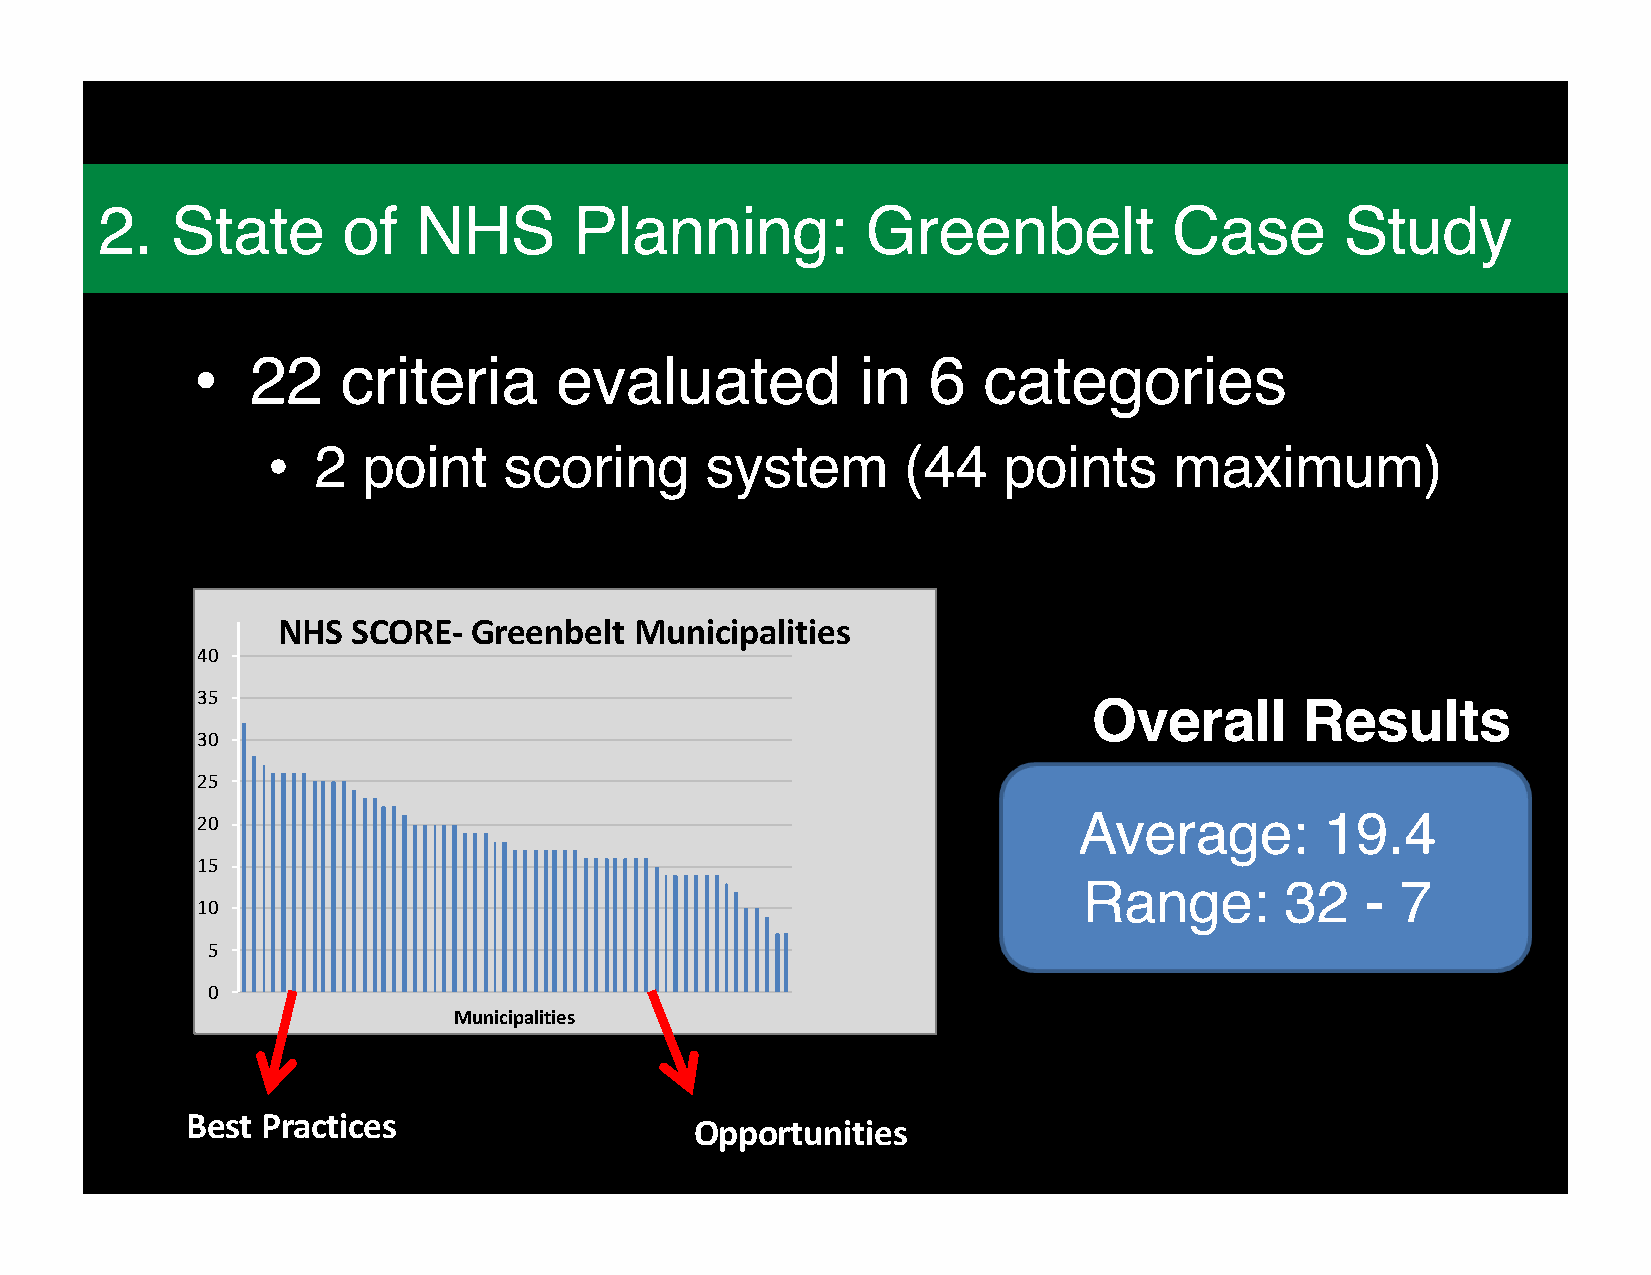
Who          is   Ontario             Nature?
 2.   State       of   NHS       Planning:          Greenbelt            Case       Study
 •
 22    criteria      evaluated           in  6   categories
 •
 2  point    scoring       system       (44   points      maximum)
 NHS  SCORE-  Greenbelt  Municipalities
 40
 35
 Overall       Results
 30
 25
 20
 Average:         19.4
 15
 Range:       32   -  7
 10
 5
 0
 Municipalities
 Best Practices                    Opportunities